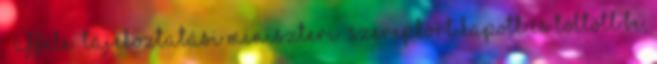
– afféle „tájékoztatási miniszteri” szerepkört kapott és töltött be,